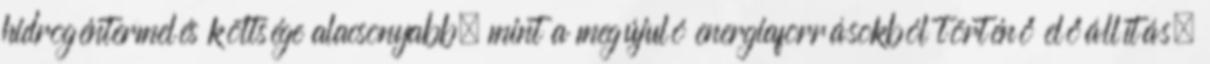
hidrogéntermelés költsége alacsonyabb, mint a megújuló energiaforrásokból történő előállítás.